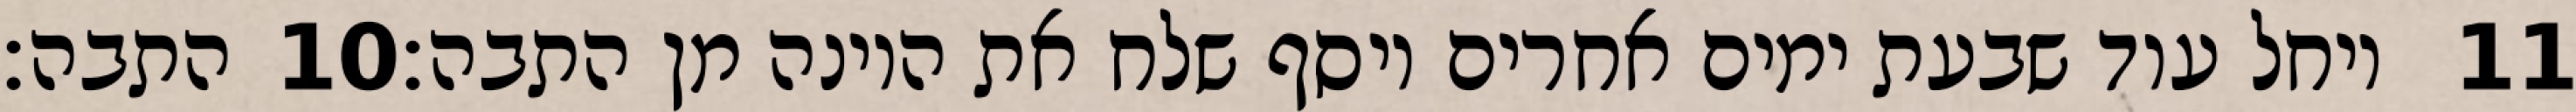
התבה׃ ‎10‏ ויחל עוד שבעת ימים אחרים ויסף שלח את היונה מן התבה׃ ‎11‏